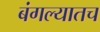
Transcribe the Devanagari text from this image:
बंगल्यातच